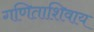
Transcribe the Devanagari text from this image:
गणिताशिवाय